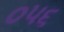
૦૫૬